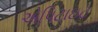
એપિટાઇટ